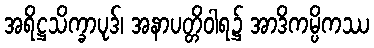
အရိဋ္ဌသိက္ခာပုဒ်၊ အနာပတ္တိဝါရ၌ အာဒိကမ္ပိကဿ